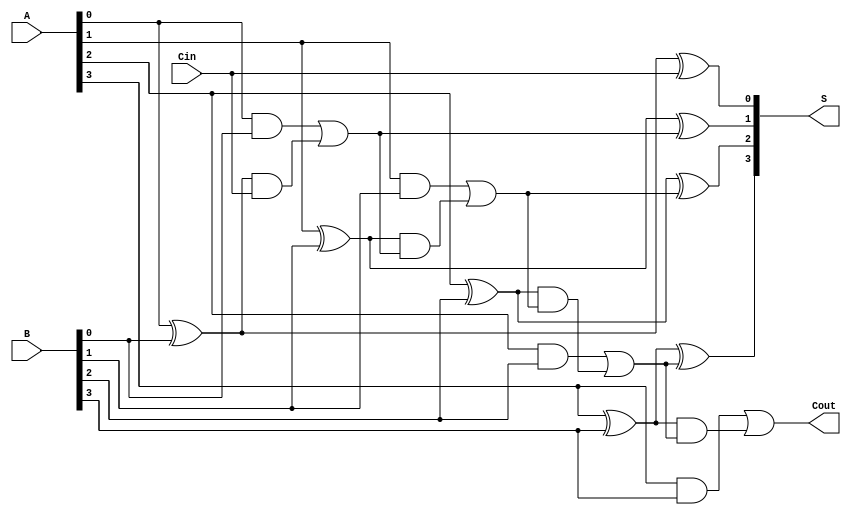
module han_carlson_adder #(parameter N = 4) (
    input [N-1:0] A,      // First operand
    input [N-1:0] B,      // Second operand
    input Cin,            // Carry-in
    output [N-1:0] S,     // Sum output
    output Cout           // Carry-out
);

    // Internal signals
    wire [N:0] G;         // Generate signals
    wire [N:0] P;         // Propagate signals
    wire [N:0] C;         // Carry signals

    // Generate and propagate signals
    genvar i;
    generate
        for (i = 0; i < N; i = i + 1) begin : gen_prop
            assign G[i] = A[i] & B[i];      // Generate
            assign P[i] = A[i] ^ B[i];      // Propagate
        end
    endgenerate

    // Carry generation (Hierarchical)
    assign C[0] = Cin; // Initial carry-in
    generate
        for (i = 0; i < N; i = i + 1) begin : carry_gen
            assign C[i+1] = G[i] | (P[i] & C[i]); // Carry-out for each bit
        end
    endgenerate

    // Sum calculation
    generate
        for (i = 0; i < N; i = i + 1) begin : sum_calc
            assign S[i] = P[i] ^ C[i]; // Sum bit calculation
        end
    endgenerate

    // Final carry-out
    assign Cout = C[N];

endmodule